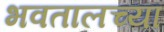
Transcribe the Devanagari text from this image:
भवतालच्या